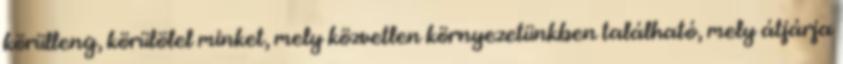
körülleng, körülölel minket, mely közvetlen környezetünkben található, mely átjárja